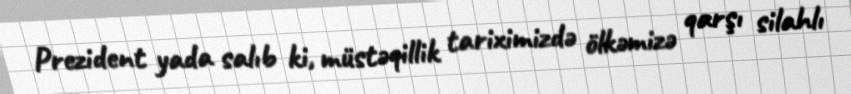
Prezident yada salıb ki, müstəqillik tariximizdə ölkəmizə qarşı silahlı